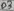
Text: D3